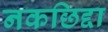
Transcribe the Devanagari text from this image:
नकछिद्दा